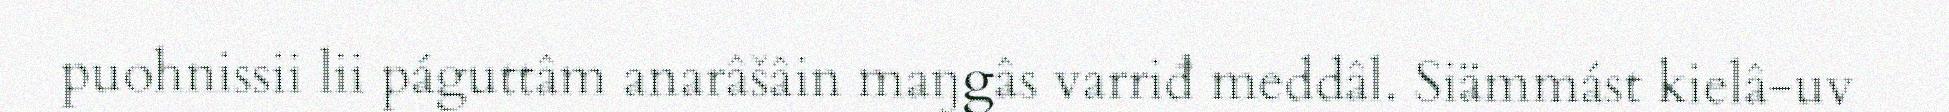
puohnissii lii páguttâm anarâšâin maŋgâs varriđ meddâl. Siämmást kielâ-uv